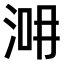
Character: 𣵢